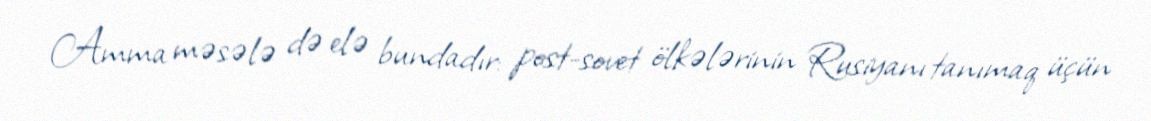
Amma məsələ də elə bundadır: post-sovet ölkələrinin Rusiyanı tanımaq üçün